Indian journal of veterinary science and animal husbandry - Volumes 22-23, 1952-1953
Year: 1952
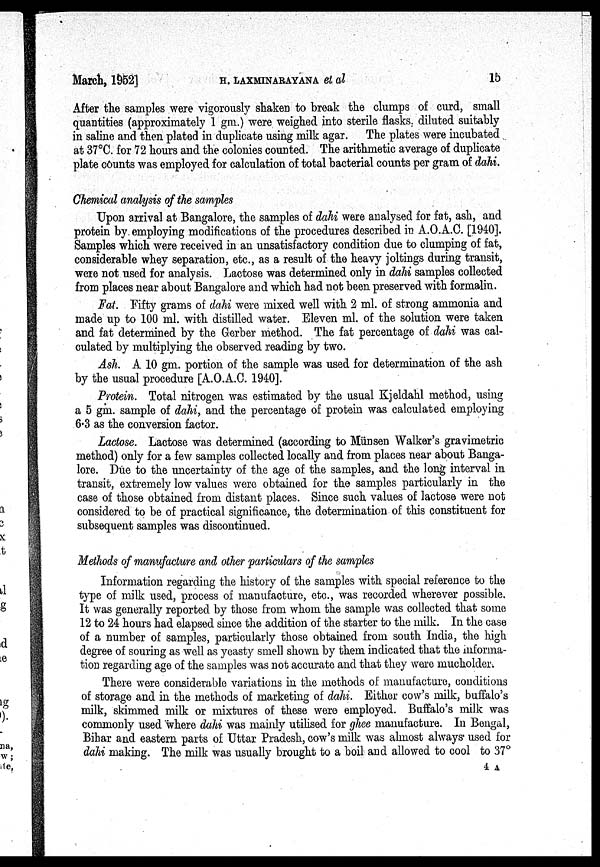
March, 1952] H. LAXMINARAYANA et al
15
After the samples were vigorously shaken to break the clumps of curd, small
quantities (approximately 1 gm.) were weighed into sterile flasks, diluted suitably
in saline and then plated in duplicate using milk agar. The plates were incubated
at 37°C. for 72 hours and the colonies counted. The arithmetic average of duplicate
plate counts was employed for calculation of total bacterial counts per gram of dahi.
Chemical analysis of the samples
Upon arrival at Bangalore, the samples of dahi were analysed for fat, ash, and
protein by. employing modifications of the procedures described in A.O.A.C. [1940].
Samples which were received in an unsatisfactory condition due to clumping of fat,
considerable whey separation, etc., as a result of the heavy joltings during transit,
were not used for analysis. Lactose was determined only in dahi samples collected
from places near about Bangalore and which had not been preserved with formalin.
Fat. Fifty grams of dahi were mixed well with 2 ml. of strong ammonia and
made up to 100 ml. with distilled water. Eleven ml. of the solution were taken
and fat determined by the Gerber method. The fat percentage of dahi was cal-
culated by multiplying the observed reading by two.
Ash. A 10 gm. portion of the sample was used for determination of the ash
by the usual procedure [A.O.A.C. 1940].
Protein. Total nitrogen was estimated by the usual Kjeldahl method, using
a 5 gm. sample of dahi, and the percentage of protein was calculated employing
6.3 as the conversion factor.
Lactose. Lactose was determined (according to Münsen Walker's gravimetric
method) only for a few samples collected locally and from places near about Banga-
lore. Due to the uncertainty of the age of the samples, and the long interval in
transit, extremely low values were obtained for the samples particularly in the
case of those obtained from distant places. Since such values of lactose were not
considered to be of practical significance, the determination of this constituent for
subsequent samples was discontinued.
Methods of manufacture and other particulars of the samples
Information regarding the history of the samples with special reference to the
type of milk used, process of manufacture, etc., was recorded wherever possible.
It was generally reported by those from whom the sample was collected that some
12 to 24 hours had elapsed since the addition of the starter to the milk. In the case
of a number of samples, particularly those obtained from south India, the high
degree of souring as well as yeasty smell shown by them indicated that the informa-
tion regarding age of the samples was not accurate and that they were mucholder.
There were considerable variations in the methods of manufacture, conditions
of storage and in the methods of marketing of dahi. Either cow's milk, buffalo's
milk, skimmed milk or mixtures of these were employed. Buffalo's milk was
commonly used where dahi was mainly utilised for ghee manufacture. In Bengal,
Bihar and eastern parts of Uttar Pradesh, cow's milk was almost always used for
dahi making. The milk was usually brought to a boil and allowed to cool to 37°
4 A